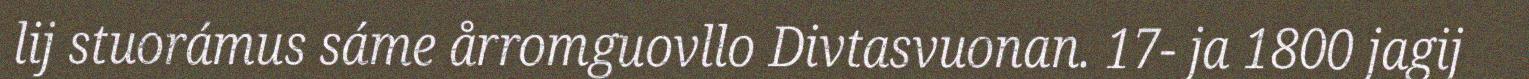
lij stuorámus sáme årromguovllo Divtasvuonan. 17- ja 1800 jagij